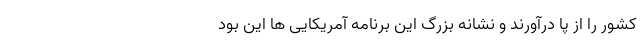
کشور را از پا درآورند و نشانه بزرگ این برنامه آمریکایی ها این بود